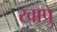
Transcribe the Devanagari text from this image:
खाप्रु